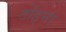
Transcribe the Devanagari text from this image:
टोंड्ना